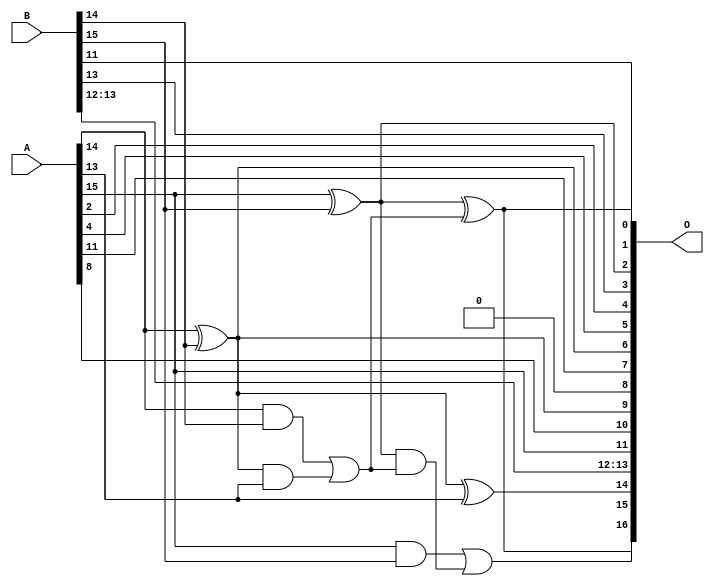
/***
* This code is a part of EvoApproxLib library (ehw.fit.vutbr.cz/approxlib) distributed under The MIT License.
* When used, please cite the following article(s): PRABAKARAN B. S., MRAZEK V., VASICEK Z., SEKANINA L., SHAFIQUE M. ApproxFPGAs: Embracing ASIC-based Approximate Arithmetic Components for FPGA-Based Systems. DAC 2020. 
***/
// MAE% = 3.24 %
// MAE = 4252 
// WCE% = 9.06 %
// WCE = 11881 
// WCRE% = 300.00 %
// EP% = 99.99 %
// MRE% = 8.89 %
// MSE = 24918.624e3 
// FPGA_POWER = 0.32
// FPGA_DELAY = 6.4
// FPGA_LUT = 3.0


module add16u_0K9(A, B, O);
  input [15:0] A, B;
  output [16:0] O;
  wire sig_100, sig_101, sig_103, sig_105, sig_106;
  assign O[13] = B[13];
  assign O[5] = A[4];
  assign O[8] = 1'b0;
  assign O[6] = A[14] ^ B[14];
  assign sig_100 = A[14] & B[14];
  assign sig_101 = O[6] & A[13];
  assign O[14] = O[6] ^ A[13];
  assign sig_103 = sig_100 | sig_101;
  assign O[2] = A[15] ^ B[15];
  assign sig_105 = A[15] & B[15];
  assign sig_106 = O[2] & sig_103;
  assign O[1] = O[2] ^ sig_103;
  assign O[16] = sig_105 | sig_106;
  assign O[0] = B[11];
  assign O[3] = B[13];
  assign O[4] = A[2];
  assign O[7] = A[11];
  assign O[9] = O[6];
  assign O[10] = A[8];
  assign O[11] = A[15];
  assign O[12] = B[12];
  assign O[15] = O[1];
endmodule